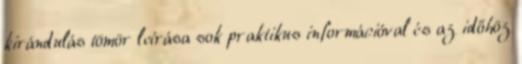
kirándulás tömör leírása sok praktikus információval és az időhöz